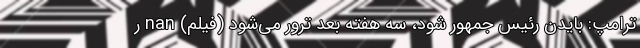
ترامپ: بایدن رئیس جمهور شود، سه هفته بعد ترور می‌شود (فیلم) nan ر